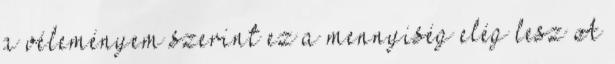
a véleményem szerint ez a mennyiség elég lesz A